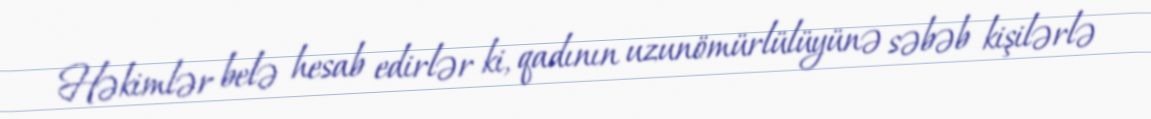
Həkimlər belə hesab edirlər ki, qadının uzunömürlülüyünə səbəb kişilərlə